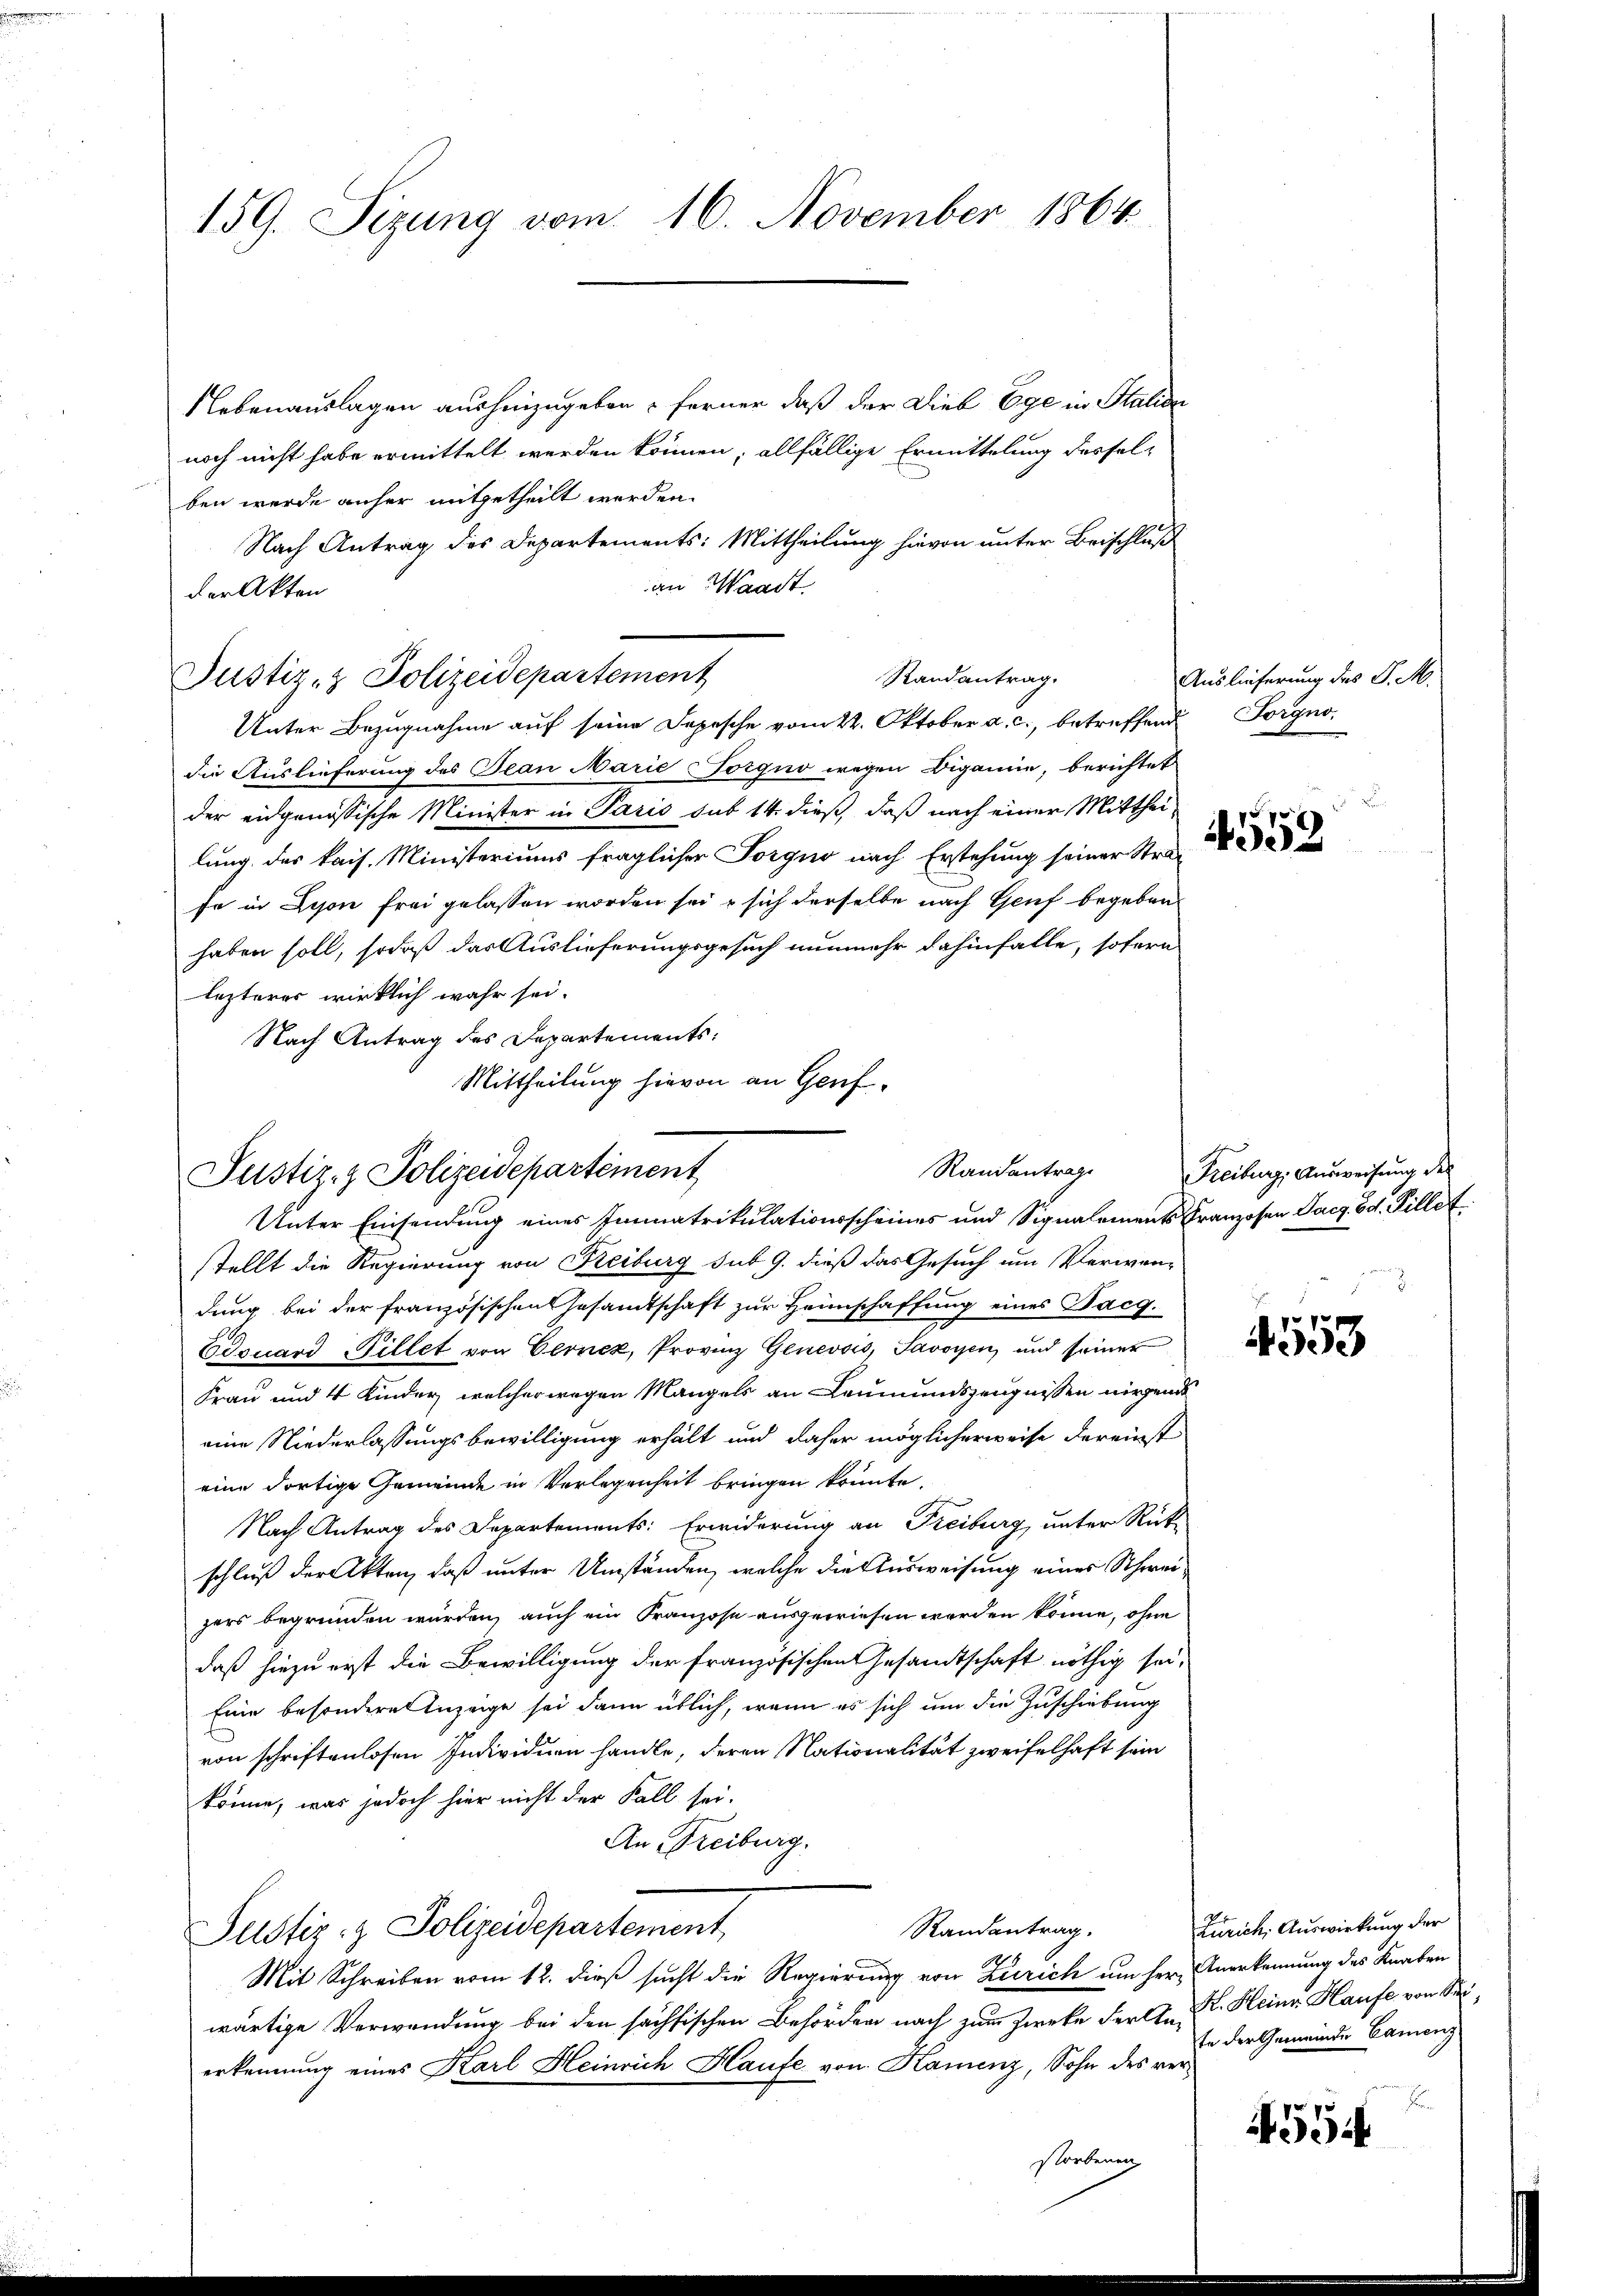
159. Sizung vom 16. November 1864.

Nebenauslagen aushinzugeben, ferner, daß der Dieb Ege in Station
noch nicht habe ermittelt werden können, allfällige Ermittelung desselben werde anher mitgetheilt werden.
Nach Antrag des Departements: Mittheilung hievon unter Beischluß
an Waadt
der Akten
Unter Bezugnahme auf seine Depesche vom 22. Oktober a. c., betreffend
die Auslieferung des Jean Marie Torgno wegen Digamie, berichtet
der eidgenössische Minister in Paris sub 14. dieß, daß nach einer Mittheilung des kais. Ministeriums fraglicher Forgno nach Erstehung seiner Stra-
fe in Dison frei gelassen worden sei, sich derselbe nach Genf begeben
haben soll, sodaß das Auslieferungsgesuch nunmehr dahinfalle, sofern
lezteres wirklich wahr sei.
Nach Antrag des Departements:
Mittheilung hievon an Genf¬

Justiz- & Polizeidepartement

Randantrage
Justiz- & Polizeidepartement
Unter Einsendung eines Einnatrikulationsscheines und Signalements Franzosen Pacz. Ed. Pillet

Randantrag.

stellt die Regierung von Kreiburg sub 9. dieß das Gesuch um Verwendung bei der französischen Gesamtschaft zur Heimschaffung eines Tacg.
Eissard Pillet von Cernck, Provinz Genevois, Savoyen, und seiner
Frau und 4 Kinder, welcher wegen Mangels an Leumundszeugnissen nirgend
eine Niederlassungsbewilligung erhält und daher möglicherweise dereinst
eine dortige Gemeinde in Verlegenheit bringen könnte.
Nach Antrag des Departements: Erwiderung an Freiburg, unter Rück-
schluß der Akten, daß unter Umständen, welche die Ausweisung einer Schweizers begründen würden, auch ein Franzose ausgewiesen werden könne, ohne
daß hiezu erst die Bewilligung der französischen Gesandtschaft nöthig sei,
Eine besondere Anzeige sei dann üblich, wenn es sich um die Zuschiebung
von schriftenlosen Individuen handle, deren Nationalität zweifelhaft sein
könne, was jedoch hier nicht der Fall sei.
An Freiburg.
Randantrag.
Justiz- & Polizeidepartement
Mit Schreiben vom 12. dieß sucht die Regierung von Zürich um her Anerkennung des Knaben
wärtige Verwendung bei den sächsischen Behörden nach zum Zwecke der Ant. Heinr. Haufe von Seierkennung eines Karl Heinrich Haufe von Hamenz, Sohn des verstorbenen

Auslieferung des J. M.
Forgno.

4559

Freiburg, Ausweisung des
3

4553

4554

Zürich, Auswirkung der
te der Gemeinde Camenz
J